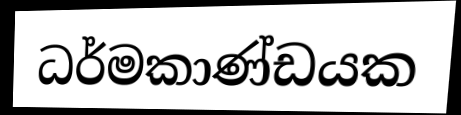
ධර්මකාණ්ඩයක